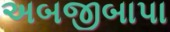
અબજીબાપા